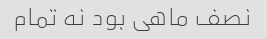
نصف ماهی بود نه تمام